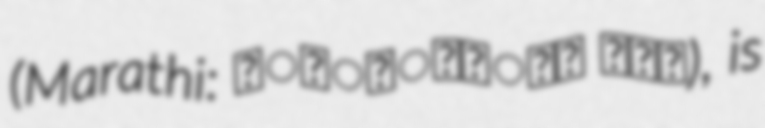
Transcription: (Marathi: मांडोहोळ धरण), is